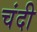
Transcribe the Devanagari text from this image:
चंदी